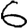
Digit: 6